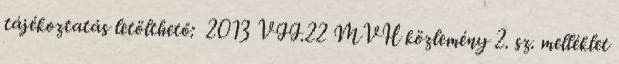
tájékoztatás letölthető: 2013 VII.22 MVH közlemény 2. sz. melléklet